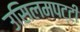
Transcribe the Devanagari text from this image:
उसिलमपट्टी